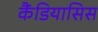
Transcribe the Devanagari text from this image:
कैंडियासिस